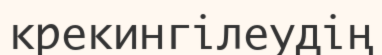
крекингілеудің